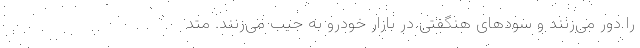
را دور می‌زنند و سودهای هنگفتی در بازار خودرو به جیب می‌زنند. متد